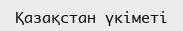
Қазақстан үкіметі